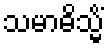
သမာဓိသ္မိံ